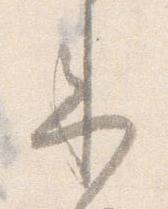
来